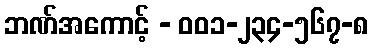
ဘဏ်အကောင့် - ၀၀၁-၂၃၄-၅၆၇-၈